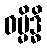
ဓမ္မိဒ္ဓိ